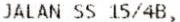
JALAN SS 15/4B,